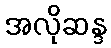
အလိုဆန္ဒ